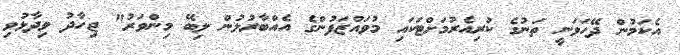
އެކަމުން ދޭހަވަނީ ތަނުގެ ކުރިއެރުމަށްޓަކައި މުވައްޒަފުންގެ އެއްބާރުލުން ލިބޭ މިންވަރު" ޖިހާދު ވިދާޅުވި